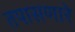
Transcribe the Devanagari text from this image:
तपासणारे